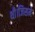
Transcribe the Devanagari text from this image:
थी।जिसमे